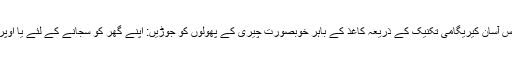
پھول ہمیشہ اچھ areا رہتا ہے - اگر آپ کے پاس تازہ پھلیاں نہیں ہیں تو ، اس آسان کیریگامی تکنیک کے ذریعہ کاغذ کے باہر خوبصورت چیری کے پھولوں کو جوڑیں: اپنے گھر کو سجانے کے لئے یا اوپر بیان کردہ کارڈوں کے باہر کی سجاوٹ کے ل it ، یہ ایک چھوٹا سا ٹچ ہو۔